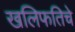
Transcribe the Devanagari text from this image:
खलिफतिचे